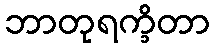
ဘာတုရက္ခိတာ